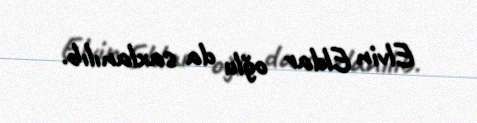
Elvin Eldar oğlu da saxlanılıb.